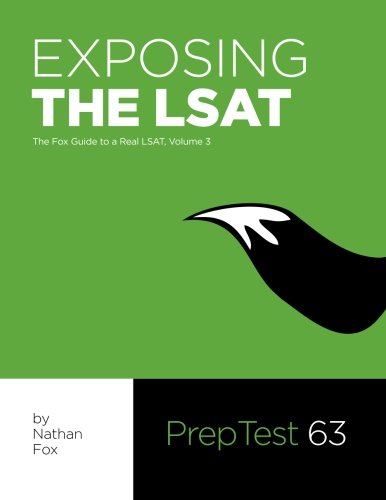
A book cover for Exposing The LSAT: The Fox Guide to a Real LSAT, Volume 3: The Fox Test Prep Guide to a Real LSAT; Nathan Fox; Test Preparation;